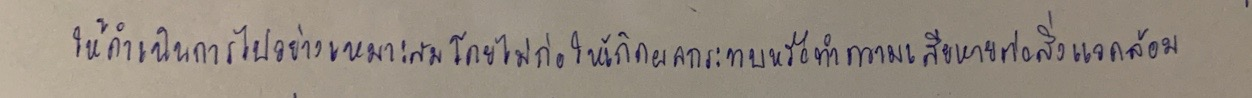
ให้ดำเนินการไปอย่างเหมาะสมโดยไม่ก่อให้เกิดผลกระทบหรือทำความเสียหายต่อสิ่งแวดล้อม